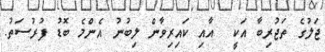
ޖަލުގެ ތަޖުރިބާ އަކީ  އާއި ކައިރިވާން ލިބުނު އެންމެ ބޮޑު ފުރުސަތު.